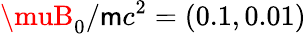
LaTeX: \muB_{0}/\mathsf{m}c^{2}=(0.1,0.01)